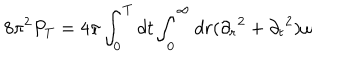
{ 8 \pi ^ { 2 } } P _ { T } = { 4 \pi } \int _ { 0 } ^ { T } d t \int _ { 0 } ^ { \infty } d r ( { \partial _ { r } } ^ { 2 } + { \partial _ { t } } ^ { 2 } ) \omega